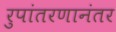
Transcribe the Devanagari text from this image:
रुपांतरणानंतर